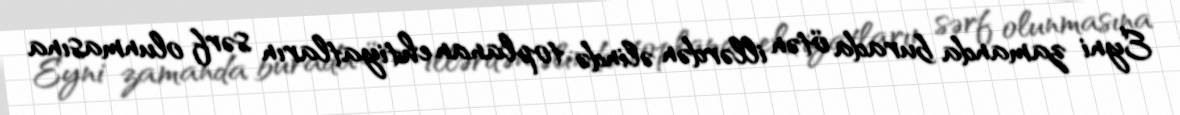
Eyni zamanda burada ötən illərdən əlində toplanan ehtiyatların sərf olunmasına